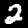
Label: 2